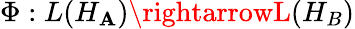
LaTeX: \Phi:L(H_{\mathbf{A}})\rightarrowL(H_{B})